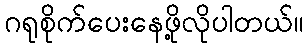
ဂရုစိုက်ပေးနေဖို့လိုပါတယ်။